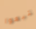
تتبعوا